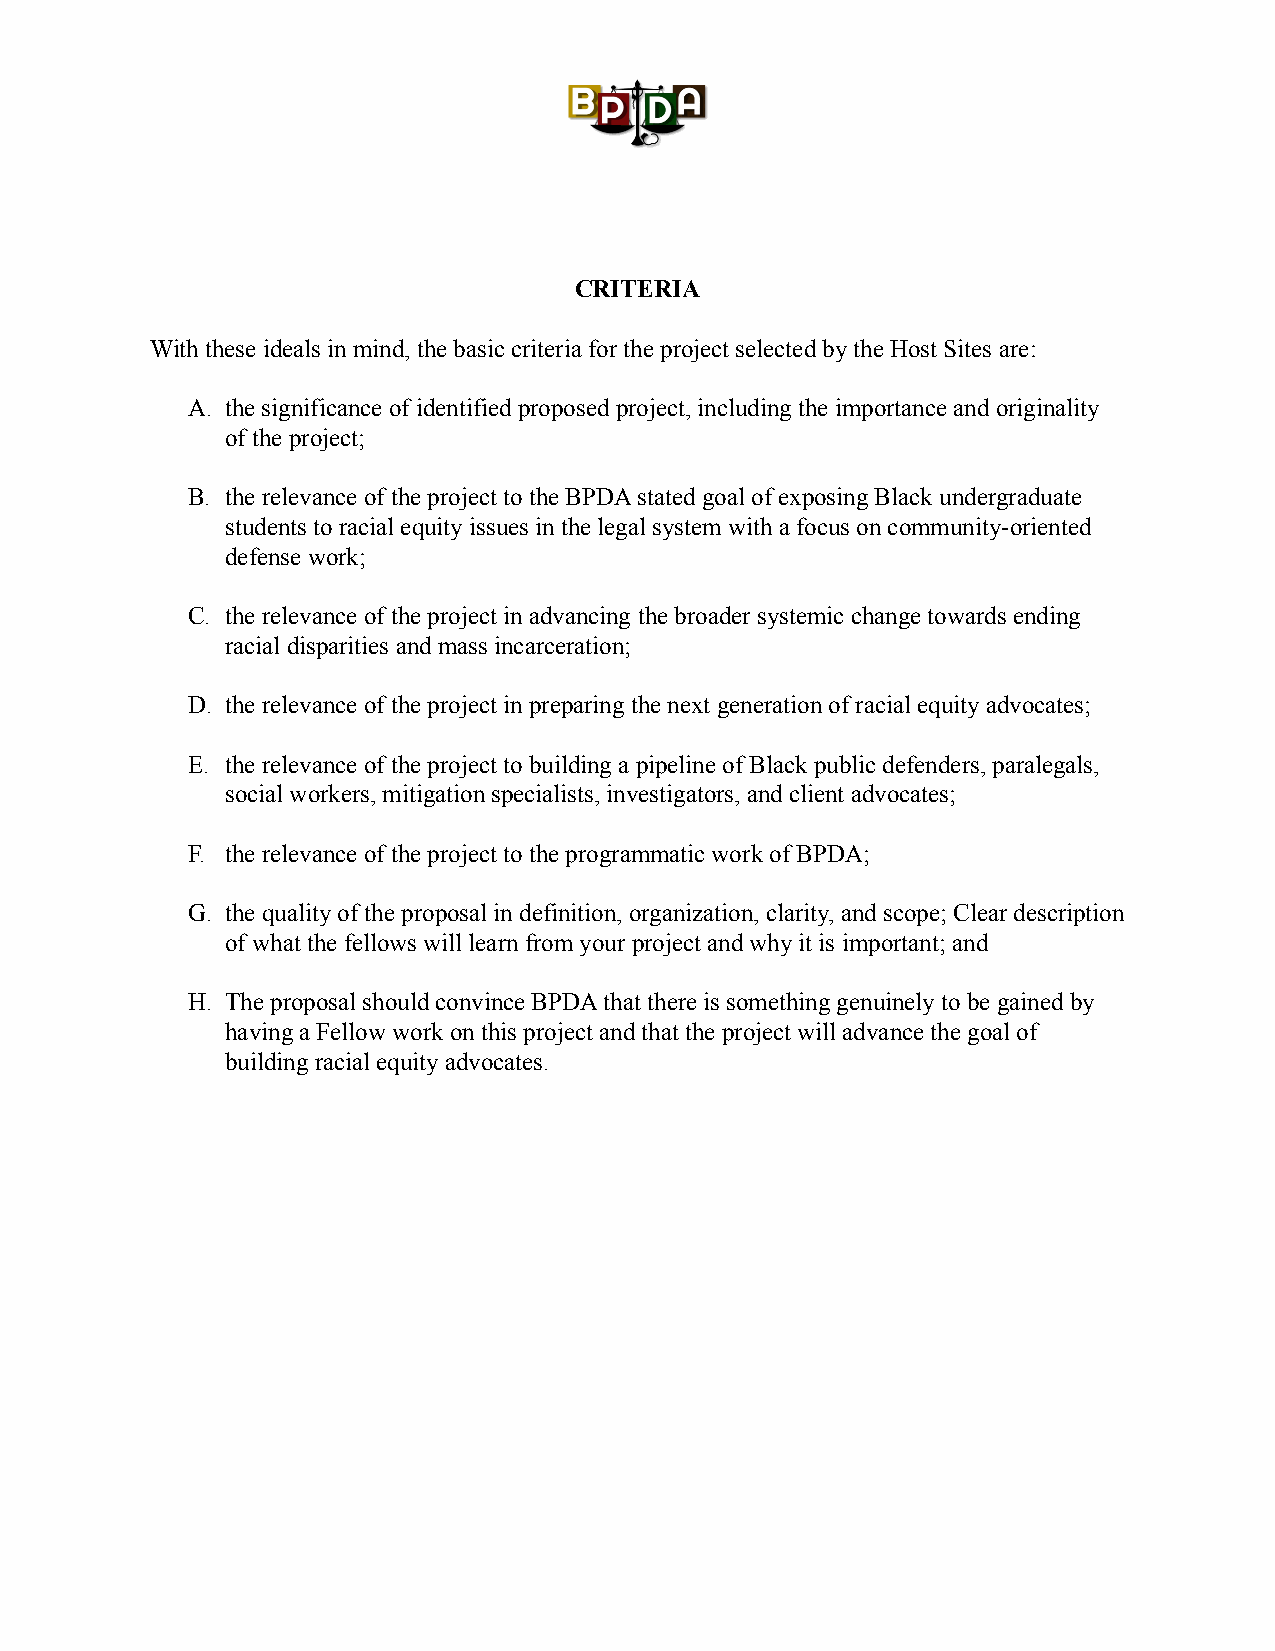
CRITERIA
 With these ideals in mind, the basic criteria for the project selected by the Host Sites are:
 A. the significance of identified proposed project, including the importance and originality
 of the project;
 B. the relevance of the project to the BPDA stated goal of exposing Black undergraduate
 students to racial equity issues in the legal system with a focus on community-oriented
 defense work;
 C. the relevance of the project in advancing the broader systemic change towards ending
 racial disparities and mass incarceration;
 D. the relevance of the project in preparing the next generation of racial equity advocates;
 E. the relevance of the project to building a pipeline of Black public defenders, paralegals,
 social workers, mitigation specialists, investigators, and client advocates;
 F. the relevance of the project to the programmatic work of BPDA;
 G. the quality of the proposal in definition, organization, clarity, and scope; Clear description
 of what the fellows will learn from your project and why it is important; and
 H. The proposal should convince BPDA that there is something genuinely to be gained by
 having a Fellow work on this project and that the project will advance the goal of
 building racial equity advocates.